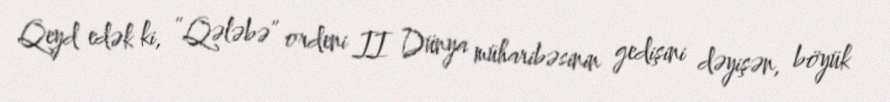
Qeyd edək ki, “Qələbə” ordeni II Dünya müharibəsinin gedişini dəyişən, böyük